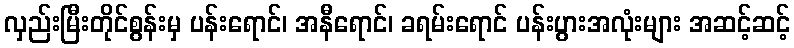
လှည်းမြီးတိုင်စွန်းမှ ပန်းရောင်၊ အနီရောင်၊ ခရမ်းရောင် ပန်းပွားအလုံးများ အဆင့်ဆင့်